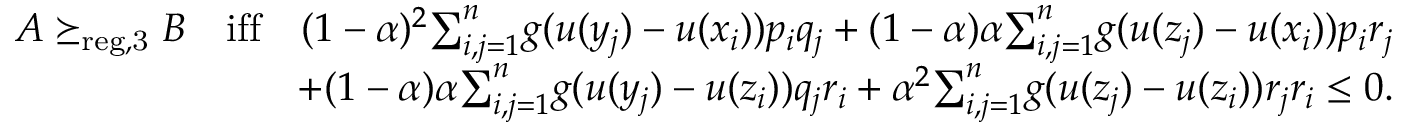
\begin{array} { r l r } & { } & { A \succeq _ { \mathrm { r e g , 3 } } B \quad \mathrm { i f f } \quad ( 1 - \alpha ) ^ { 2 } { \sum } _ { i , j = 1 } ^ { n } g ( u ( y _ { j } ) - u ( x _ { i } ) ) p _ { i } q _ { j } + ( 1 - \alpha ) \alpha { \sum } _ { i , j = 1 } ^ { n } g ( u ( z _ { j } ) - u ( x _ { i } ) ) p _ { i } r _ { j } } \\ & { } & { + ( 1 - \alpha ) \alpha { \sum } _ { i , j = 1 } ^ { n } g ( u ( y _ { j } ) - u ( z _ { i } ) ) q _ { j } r _ { i } + \alpha ^ { 2 } { \sum } _ { i , j = 1 } ^ { n } g ( u ( z _ { j } ) - u ( z _ { i } ) ) r _ { j } r _ { i } \leq 0 . } \end{array}